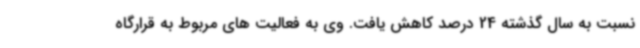
نسبت به سال گذشته 24 درصد کاهش یافت. وی به فعالیت های مربوط به قرارگاه